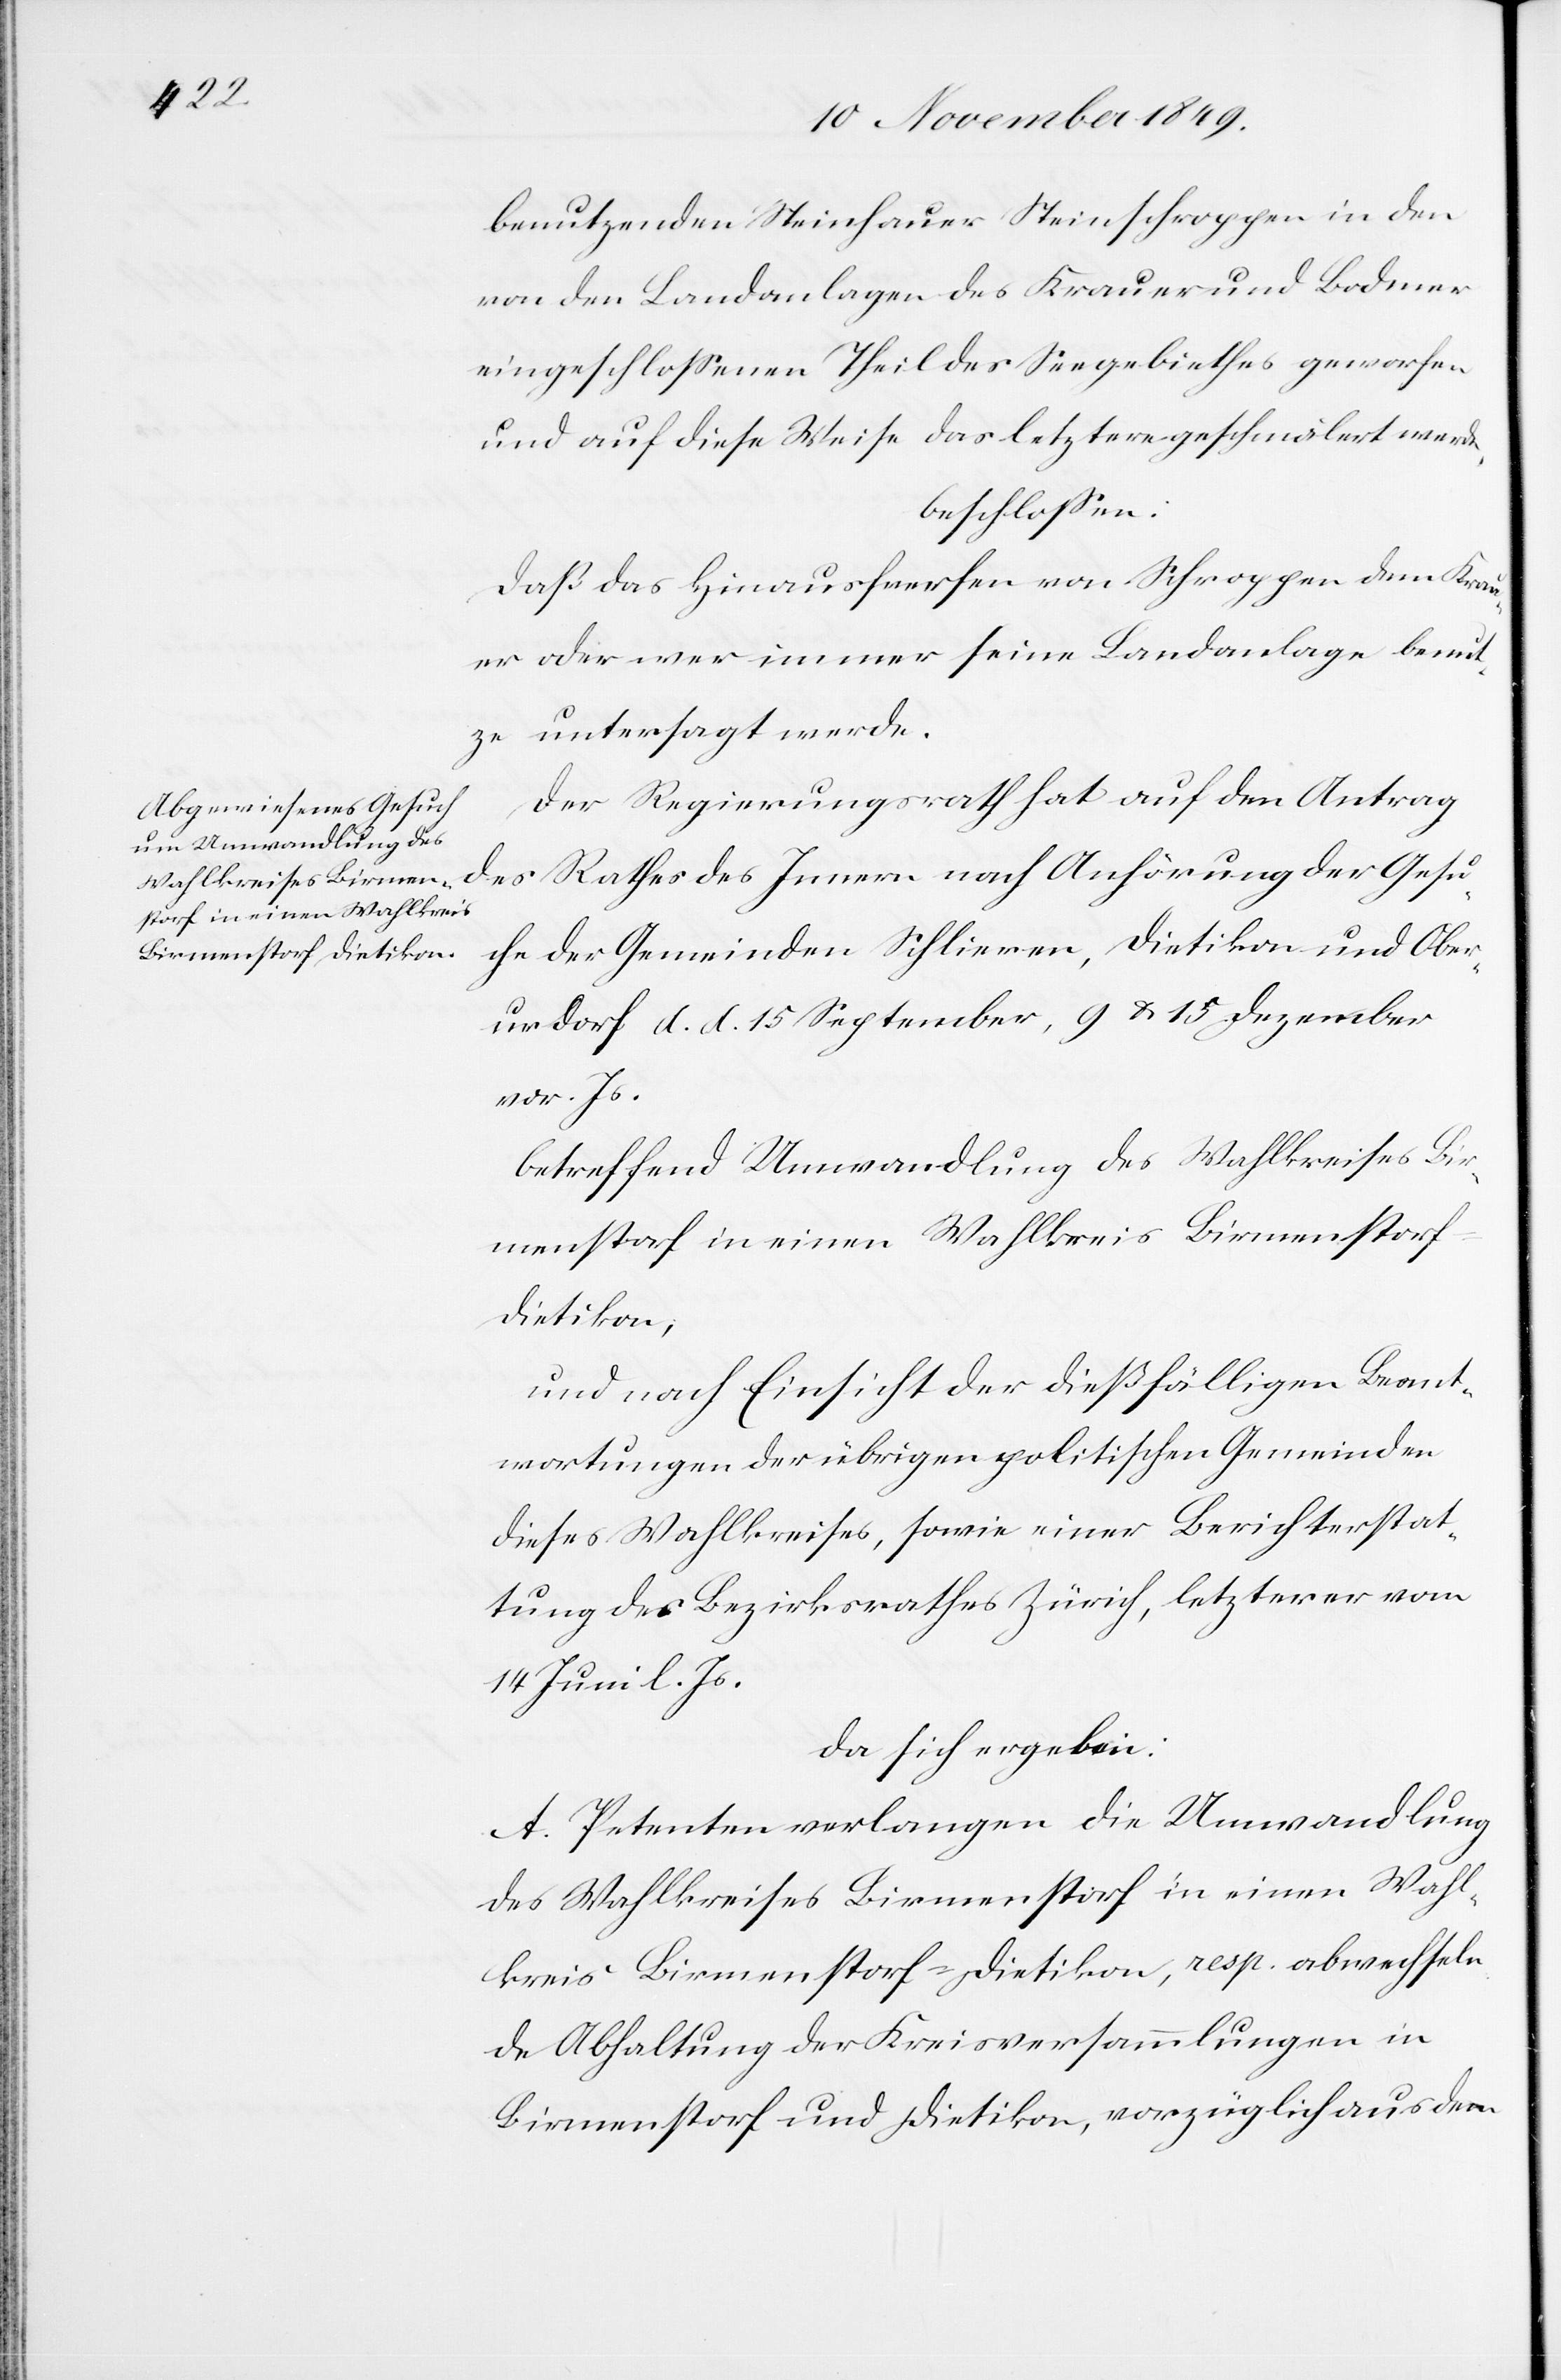
enstorf in einen Wahlkreis
Birmenstorf-Dietikon,

benutzenden Steinhauer Steinschroppen in den
von den Landanlagen des Krauer und Bodmer
eingeschloßenen Theil des Seegebiethes geworfen
und auf diese Weise das letztere geschmälert werde,
beschloßen:
Daß das Hinauswefen von Schroppen dem Krau¬
er oder wer immer seine Landanlage benut¬
ze untersagt werde.
Der Regierungsrath hat auf den Antrag
des Rathes des Innern nach Anhörung der Gesu¬
che der Gemeinden Schlieren, Dietikon und Ober¬
urdorf d. d. 15 September, 9 u. 15 Dezember
vor. Js.
betreffend Umwandlung des Wahlkreises Birm¬
und nach Einsicht der dießfälligen Beant¬
wortungen der übrigen politischen Gemeinden
dieses Wahlkreises, sowie einer Berichterstat¬
tung des Bezirksrathes Zürich, letzterer vom
14 Juni l. Js.
da sich ergeben:
A. Petenten verlangen die Umwandlung
des Wahlkreises Birmenstorfes in einen Wahl¬
kreis Birmenstorf Dietikon, resp. abwechseln¬
de Abhaltung der Kreisversammlungen in
Birmenstorf und Dietikon, vorzüglich aus dem